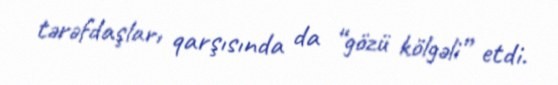
tərəfdaşları qarşısında da “gözü kölgəli” etdi.